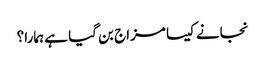
نجانے کیسا مزاج بن گیا ہے ہمارا؟